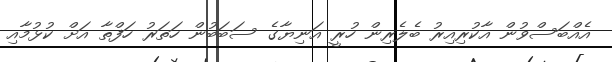
އެއްބަސްވުން އާކުރިއިރު ބެލެރިން ހުރީ އަނިޔާގެ ސަބަބުން ހަތަރު ހަފްތާ އަށް ކުޅުމާއި